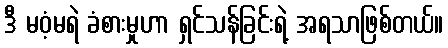
ဒီ မဝံ့မရဲ ခံစားမှုဟာ ရှင်သန်ခြင်းရဲ့ အရသာဖြစ်တယ်။